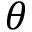
\theta